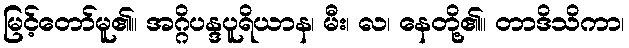
မြင့်တော်မူ၏။ အဂ္ဂိပန္ဒပူရိယာန၊ မီး၊ လ၊ နေတို့၏။ တာဒိသိကာ၊